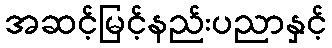
အဆင့်မြင့်နည်းပညာနှင့်